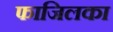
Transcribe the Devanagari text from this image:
फाजिलका